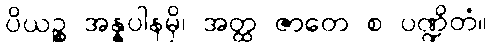
ပိယဉ္စ အန္နပါနမှိ၊ အတ္ထ ဇာတေ စ ပဏ္ဍိတံ။